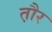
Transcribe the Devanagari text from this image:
त़ौर